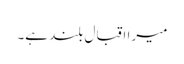
میرا اقبال بلند ہے۔